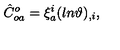
\hat { C } _ { o a } ^ { o } = \xi _ { a } ^ { i } ( l n { \vartheta } ) _ { , i } ,